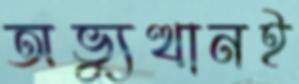
অভ্যুত্থানই